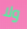
ولا